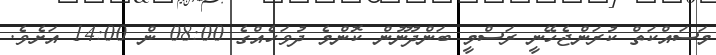
މަސައްކަތް ކުރަންޖެހޭނީ ރަސްމީ ބަންދުނޫން ކޮންމެ ދުވަހެއްގެ 08:00 ން 14:00 އަށެވެ.